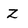
Character: Z